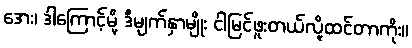
အေး၊ ဒါကြောင့်မို့ ဒီမျက်နှာမျိုး ငါမြင်ဖူးတယ်လို့ထင်တာကိုး။